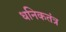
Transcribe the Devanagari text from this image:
धनिकतंत्र